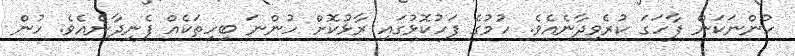
ހުންނަކަން ފާހަގަ ކުރެވިދާނެއެވެ. ހުމުގެ ފަހުކޮޅުގައި ރާޅުކޮށް ހުންނަ ބިހިތަކެއް ފެނިދާނެއެވެ. ހުން